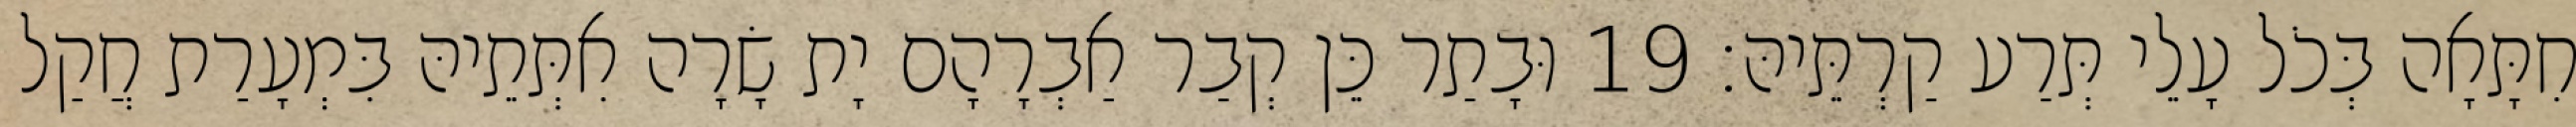
חִתָּאָה בְּכֹל עָלֵי תְּרַע קַרְתֵּיהּ׃ 19 וּבָתַר כֵּן קְבַר אַבְרָהָם יָת שָׂרָה אִתְּתֵיהּ בִּמְעָרַת חֲקַל